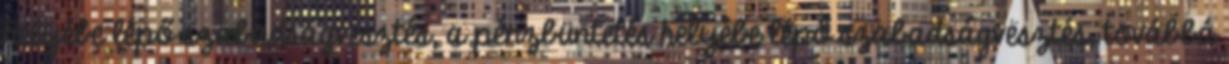
helyébe lépő szabadságvesztés, a pénzbüntetés helyébe lépő szabadságvesztés, továbbá